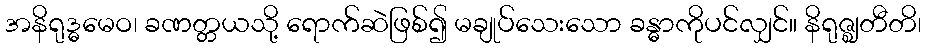
အနိရုဒ္ဓမေဝ၊ ခဏတ္တယသို့ ရောက်ဆဲဖြစ်၍ မချုပ်သေးသော ခန္ဓာကိုပင်လျှင်။ နိရုဇ္ဈတီတိ၊